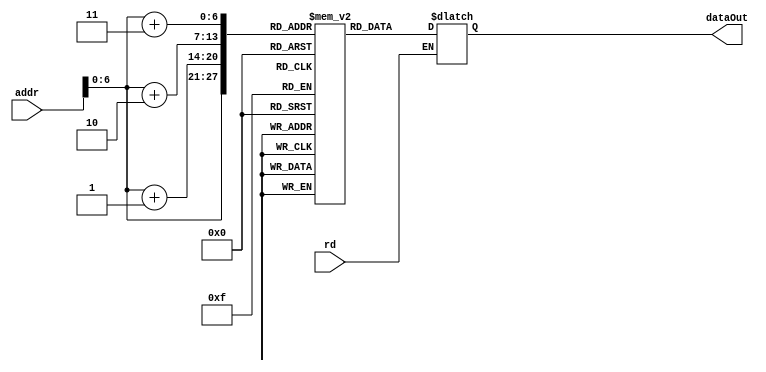
module ROM( 
	rd, 
	addr, 
	dataOut
); // ָ洢ģ

	input rd; // ʹź
	input [31:0] addr; // 洢ַ 32ָ
	`timescale 1ns / 1ps
//////////////////////////////////////////////////////////////////////////////////
// Company: 
// Engineer: 
// 
// Design Name: 
// Module Name: ROM
// Project Name: 
// Target Devices: 
// Tool Versions: 
// Description: 
// 
// Dependencies: 
// 
// Revision:
// Revision 0.01 - File Created
// Additional Comments:
// 
output reg [31:0] dataOut; // ָ
	reg [7:0] mem[127:0]; // 洢regͣ洢洢Ԫ8λȣ128洢Ԫ
    initial begin 
         {mem[0], mem[1], mem[2], mem[3]} = 32'b00000100000000010000000000001000;
         {mem[4], mem[5], mem[6], mem[7]} = 32'b01000000000000100000000000000010;
         {mem[8], mem[9], mem[10], mem[11]} = 32'b00000000010000010001100000000000;
         {mem[12], mem[13], mem[14], mem[15]} = 32'b00001000011000100010100000000000;
         {mem[16], mem[17], mem[18], mem[19]} = 32'b01000100101000100010000000000000;
         {mem[20], mem[21], mem[22], mem[23]} = 32'b01001000100000100100000000000000;
         {mem[24], mem[25], mem[26], mem[27]} = 32'b01100000000010000100000001000000;
         {mem[28], mem[29], mem[30], mem[31]} = 32'b11000101000000011111111111111110;
         {mem[32], mem[33], mem[34], mem[35]} = 32'b01101100010001100000000000001000;
         {mem[36], mem[37], mem[38], mem[39]} = 32'b01101100110001110000000000000000;
         {mem[40], mem[41], mem[42], mem[43]} = 32'b00000100111001110000000000001000;
         {mem[44], mem[45], mem[46], mem[47]} = 32'b11000000111000011111111111111110;
         {mem[48], mem[49], mem[50], mem[51]} = 32'b10011000001000100000000000000100;
         {mem[52], mem[53], mem[54], mem[55]} = 32'b10011100001010010000000000000100;
         {mem[56], mem[57], mem[58], mem[59]} = 32'b11100000000000000000000000010000;
         {mem[60], mem[61], mem[62], mem[63]} = 32'b11000100000010100000000000001010;
         {mem[64], mem[65], mem[66], mem[67]} = 32'b11111100000000000000000000000000;
         {mem[68], mem[69], mem[70], mem[71]} = 32'b11111100000000000000000000000000;
	end
	
	//ǰַָ룬Ͷȡź
	always @( rd or addr ) begin
		if (rd==1) begin // Ϊ1洢ݴ洢ģʽ
			dataOut[31:24] = mem[addr];
			dataOut[23:16] = mem[addr+1];
			dataOut[15:8] = mem[addr+2];
			dataOut[7:0] = mem[addr+3];
		end
	end
endmodule